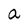
Character: a